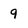
Character: 9